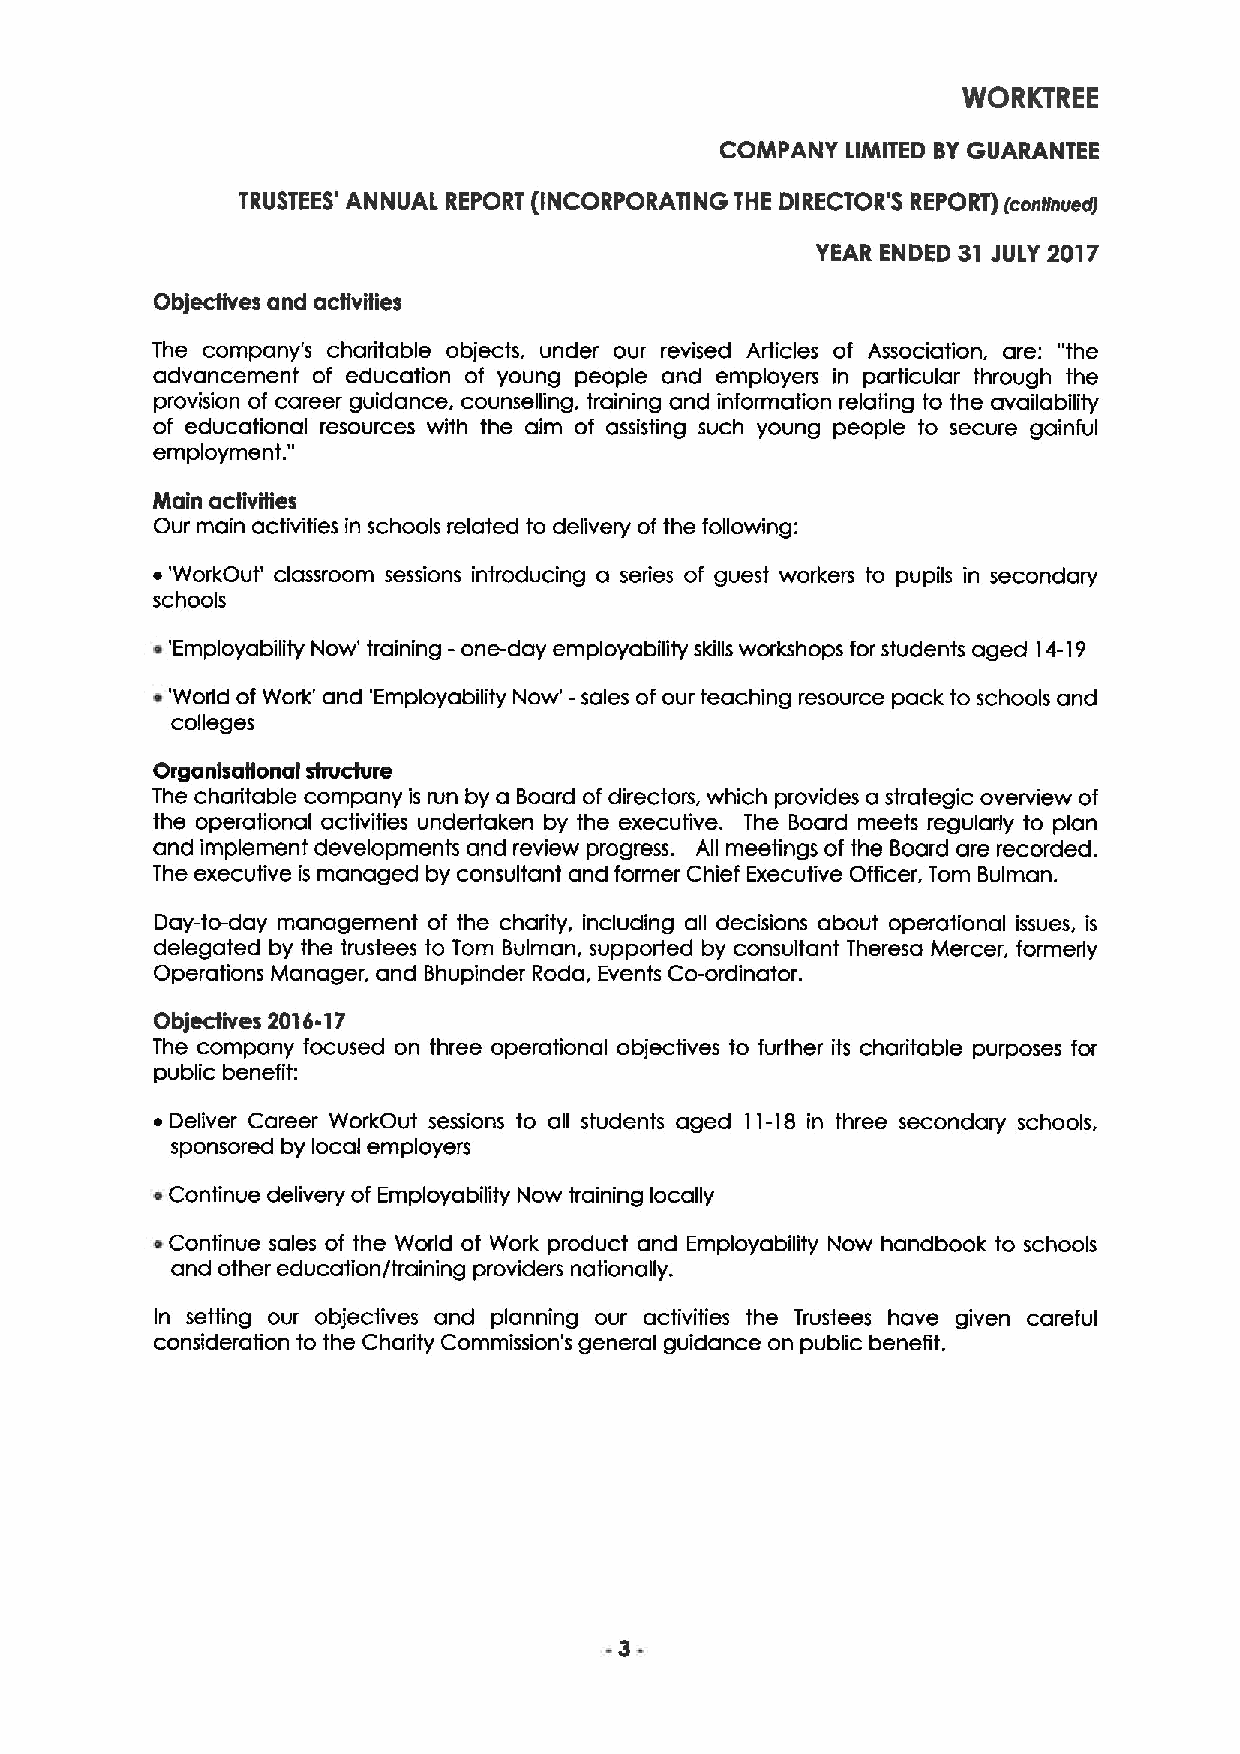
WORKTREE
 COMPANY LIMITED BYGUARANTEE
 TRUSTEES' ANNUAL REPORT (INCORPORATING THE DIRECTOR'S REPORT) (continual
 YEAR ENDED 31 JULY 2017
 Objectives and activities
 The company's charitable objects, under our revised Articles of Association, are: "the
 advancement of education of young people and employers in particular through the
 provision of career guidance, counselling, training and information relating to the availability
 of educational resources with the aim of assisting such young people to secure gainful
 "
 employment.
 Main activities
 Our main activities in schools related to delivery of the following:
 ~'WorkOut' classroom sessions introducing a sedies of guest workers to pupils in secondary
 schools
 ~'Employability Now' training -one-day employability skills workshops for students aged 14-19
 ~'World of Work' and 'Employability Now' -sales of our teaching resource pack to schools and
 colleges
 Organlsatlonat structure
 The charitable company is run by a Board of directors, which provides a strategic overview of
 the operational activities undertaken by the executive. The Board meets regularly to plan
 and implement developments and review progress. All meetings of the Board are recorded.
 The executive is managed by consultant and former Chief Executive Officer, Tom Bulman.
 Day-to-day management of the charity, including all decisions about operational issues, is
 delegated by the trustees to Tom Bulman, supported by consultant Theresa Mercer, formerly
 Operations Manager, and Bhupinder Roda, Events Co-ordinator.
 Objectives 201d-17
 The company focused on three operational objectives to further its charitable purposes for
 public benefit:
 ~ Deliver Career WorkOut sessions to all students aged 11-18 in three secondary schools,
 sponsored by local employers
 ~Continue delivery of Employability Now training locally
 i
 Continue sales of the World of Work product and Employability Now handbook to schools
 and other education/training providers nationally.
 In setting our objectives and planning our activities the Trustees have given careful
 consideration to the Charity Commission's general guidance on public benefit.
 3-